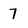
Character: 7